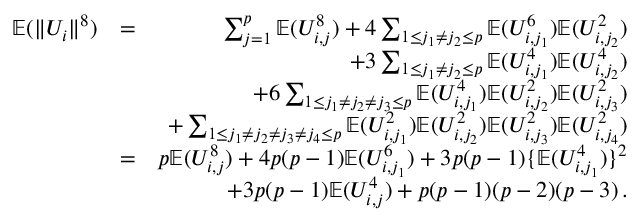
\begin{array} { r l r } { { \mathbb { E } } ( \| U _ { i } \| ^ { 8 } ) } & { = } & { \sum _ { j = 1 } ^ { p } { \mathbb { E } } ( U _ { i , j } ^ { 8 } ) + 4 \sum _ { 1 \leq j _ { 1 } \neq j _ { 2 } \leq p } { \mathbb { E } } ( U _ { i , j _ { 1 } } ^ { 6 } ) { \mathbb { E } } ( U _ { i , j _ { 2 } } ^ { 2 } ) } \\ & { } & { + 3 \sum _ { 1 \leq j _ { 1 } \neq j _ { 2 } \leq p } { \mathbb { E } } ( U _ { i , j _ { 1 } } ^ { 4 } ) { \mathbb { E } } ( U _ { i , j _ { 2 } } ^ { 4 } ) } \\ & { } & { + 6 \sum _ { 1 \leq j _ { 1 } \neq j _ { 2 } \neq j _ { 3 } \leq p } { \mathbb { E } } ( U _ { i , j _ { 1 } } ^ { 4 } ) { \mathbb { E } } ( U _ { i , j _ { 2 } } ^ { 2 } ) { \mathbb { E } } ( U _ { i , j _ { 3 } } ^ { 2 } ) } \\ & { } & { + \sum _ { 1 \leq j _ { 1 } \neq j _ { 2 } \neq j _ { 3 } \neq j _ { 4 } \leq p } { \mathbb { E } } ( U _ { i , j _ { 1 } } ^ { 2 } ) { \mathbb { E } } ( U _ { i , j _ { 2 } } ^ { 2 } ) { \mathbb { E } } ( U _ { i , j _ { 3 } } ^ { 2 } ) { \mathbb { E } } ( U _ { i , j _ { 4 } } ^ { 2 } ) } \\ & { = } & { p { \mathbb { E } } ( U _ { i , j } ^ { 8 } ) + 4 p ( p - 1 ) { \mathbb { E } } ( U _ { i , j _ { 1 } } ^ { 6 } ) + 3 p ( p - 1 ) \{ { \mathbb { E } } ( U _ { i , j _ { 1 } } ^ { 4 } ) \} ^ { 2 } } \\ & { } & { + 3 p ( p - 1 ) { \mathbb { E } } ( U _ { i , j } ^ { 4 } ) + p ( p - 1 ) ( p - 2 ) ( p - 3 ) \, . } \end{array}